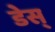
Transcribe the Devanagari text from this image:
डेस्